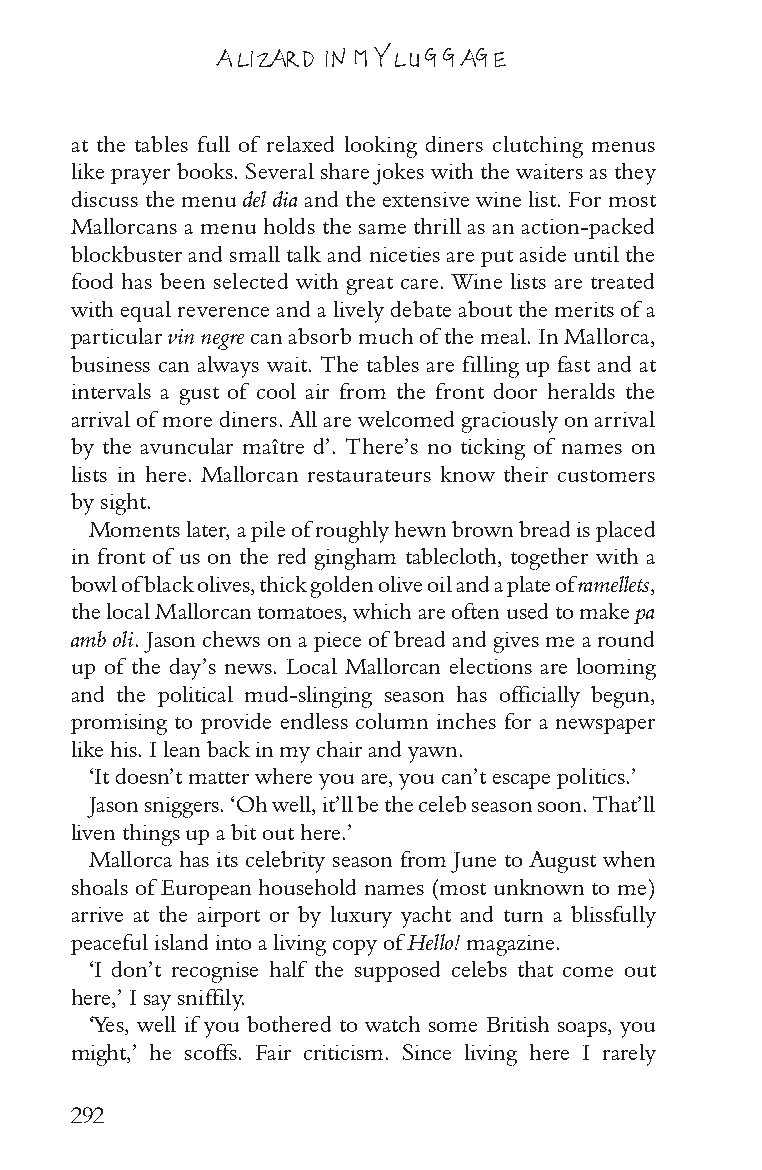
A LIZARD IN MY LUGGAGE
 at the tables full of relaxed looking diners clutching menus
 like prayer books. Several share jokes with the waiters as they
 discuss the menu del dia and the extensive wine list. For most
 Mallorcans a menu holds the same thrill as an action-packed
 blockbuster and small talk and niceties are put aside until the
 food has been selected with great care. Wine lists are treated
 with equal reverence and a lively debate about the merits of a
 particular vin negre can absorb much of the meal. In Mallorca,
 business can always wait. The tables are filling up fast and at
 intervals a gust of cool air from the front door heralds the
 arrival of more diners. All are welcomed graciously on arrival
 by the avuncular maître d’. There’s no ticking of names on
 lists in here. Mallorcan restaurateurs know their customers
 by sight.
 Moments later, a pile of roughly hewn brown bread is placed
 in front of us on the red gingham tablecloth, together with a
 bowl of black olives, thick golden olive oil and a plate of ramellets,
 the local Mallorcan tomatoes, which are often used to make pa
 amb oli. Jason chews on a piece of bread and gives me a round
 up of the day’s news. Local Mallorcan elections are looming
 and the political mud-slinging season has officially begun,
 promising to provide endless column inches for a newspaper
 like his. I lean back in my chair and yawn.
 ‘It doesn’t matter where you are, you can’t escape politics.’
 Jason sniggers. ‘Oh well, it’ll be the celeb season soon. That’ll
 liven things up a bit out here.’
 Mallorca has its celebrity season from June to August when
 shoals of European household names (most unknown to me)
 arrive at the airport or by luxury yacht and turn a blissfully
 peaceful island into a living copy of Hello! magazine.
 ‘I don’t recognise half the supposed celebs that come out
 here,’ I say sniffily.
 ‘Yes, well if you bothered to watch some British soaps, you
 might,’ he scoffs. Fair criticism. Since living here I rarely
 292